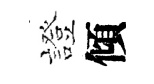
證傾